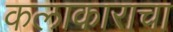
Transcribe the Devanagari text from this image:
कलाकाराचा